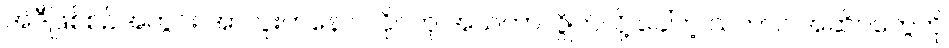
အဲဒီဖြစ်စဉ်အတွင်း အာလူးကနေ ဂလိုင်ကို အယ်ကာလွိုက်လို့ ခေါ်တဲ့ သဘာဝ အဆိပ်တွေကို